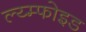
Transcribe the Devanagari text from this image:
ल्य्म्फोइड